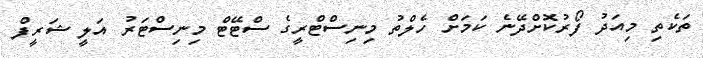
ތަކެތި މިއަދު ފޯރުކޮށްދޭނެ ކަމަށް ހެލްތު މިނިސްޓްރީގެ ސްޓޭޓް މިނިސްޓަރު އަލީ ޝަރީފް